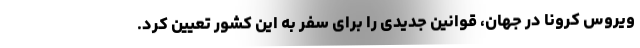
ویروس کرونا در جهان، قوانین جدیدی را برای سفر به این کشور تعیین کرد.